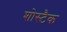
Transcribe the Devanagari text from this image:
शोस्टैक